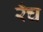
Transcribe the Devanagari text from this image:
रँच